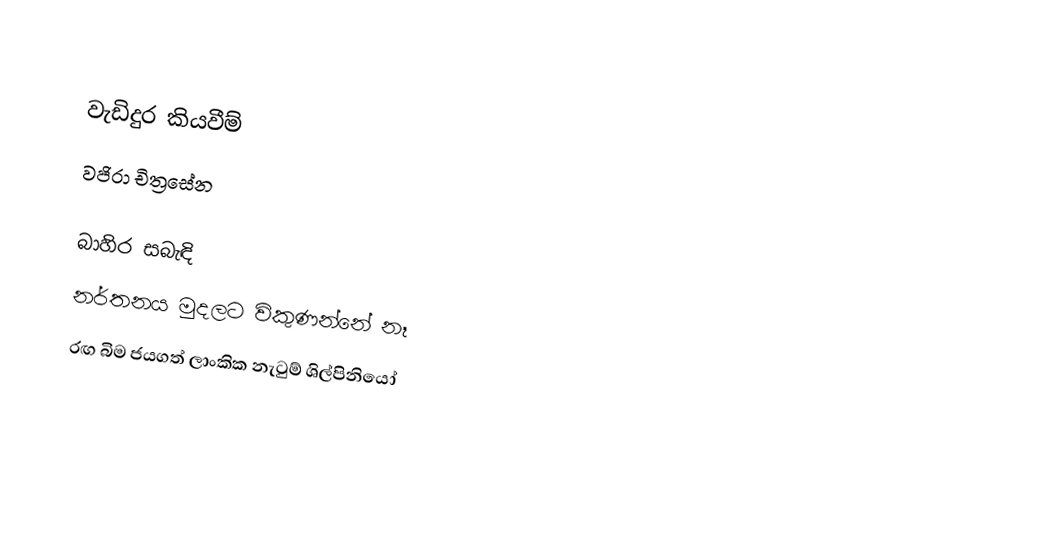

වැඩිදුර කියවීම්
 වජිරා චිත්‍රසේන

බාහිර සබැඳි
 නර්තනය මුදලට විකුණන්නේ නෑ
 රඟ බිම ජයගත් ලාංකික නැටුම් ශිල්පිනියෝ